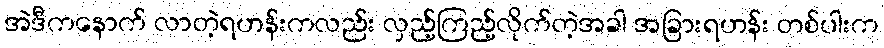
အဲဒီကနောက် လာတဲ့ရဟန်းကလည်း လှည့်ကြည့်လိုက်တဲ့အခါ အခြားရဟန်း တစ်ပါးက